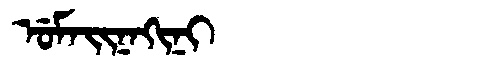
Manchu: ᡠᠮᠠᡳᠨᠠᡴᡳᠨᡳ
Romanization: UMAINAKINI